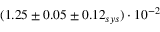
( 1 . 2 5 \pm 0 . 0 5 \pm 0 . 1 2 _ { s y s } ) \cdot 1 0 ^ { - 2 }